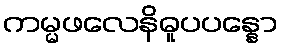
ကမ္မဖလေနိဓူပပန္နော